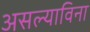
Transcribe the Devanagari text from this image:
असल्याविना